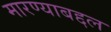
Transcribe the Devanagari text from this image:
मारण्याबद्दल